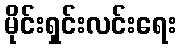
မိုင်းရှင်းလင်းရေး